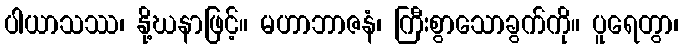
ပါယာသဿ၊ နို့ဃနာဖြင့်။ မဟာဘာဇနံ၊ ကြီးစွာသောခွက်ကို။ ပူရေတွာ၊